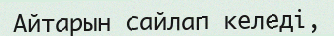
Айтарын сайлап келеді,